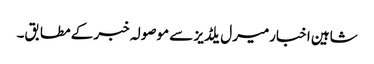
شاہین اخبارمیرل یلڈیز سے موصولہ خبر کے مطابق۔